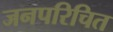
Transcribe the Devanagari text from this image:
जनपरिचित